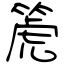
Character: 篪